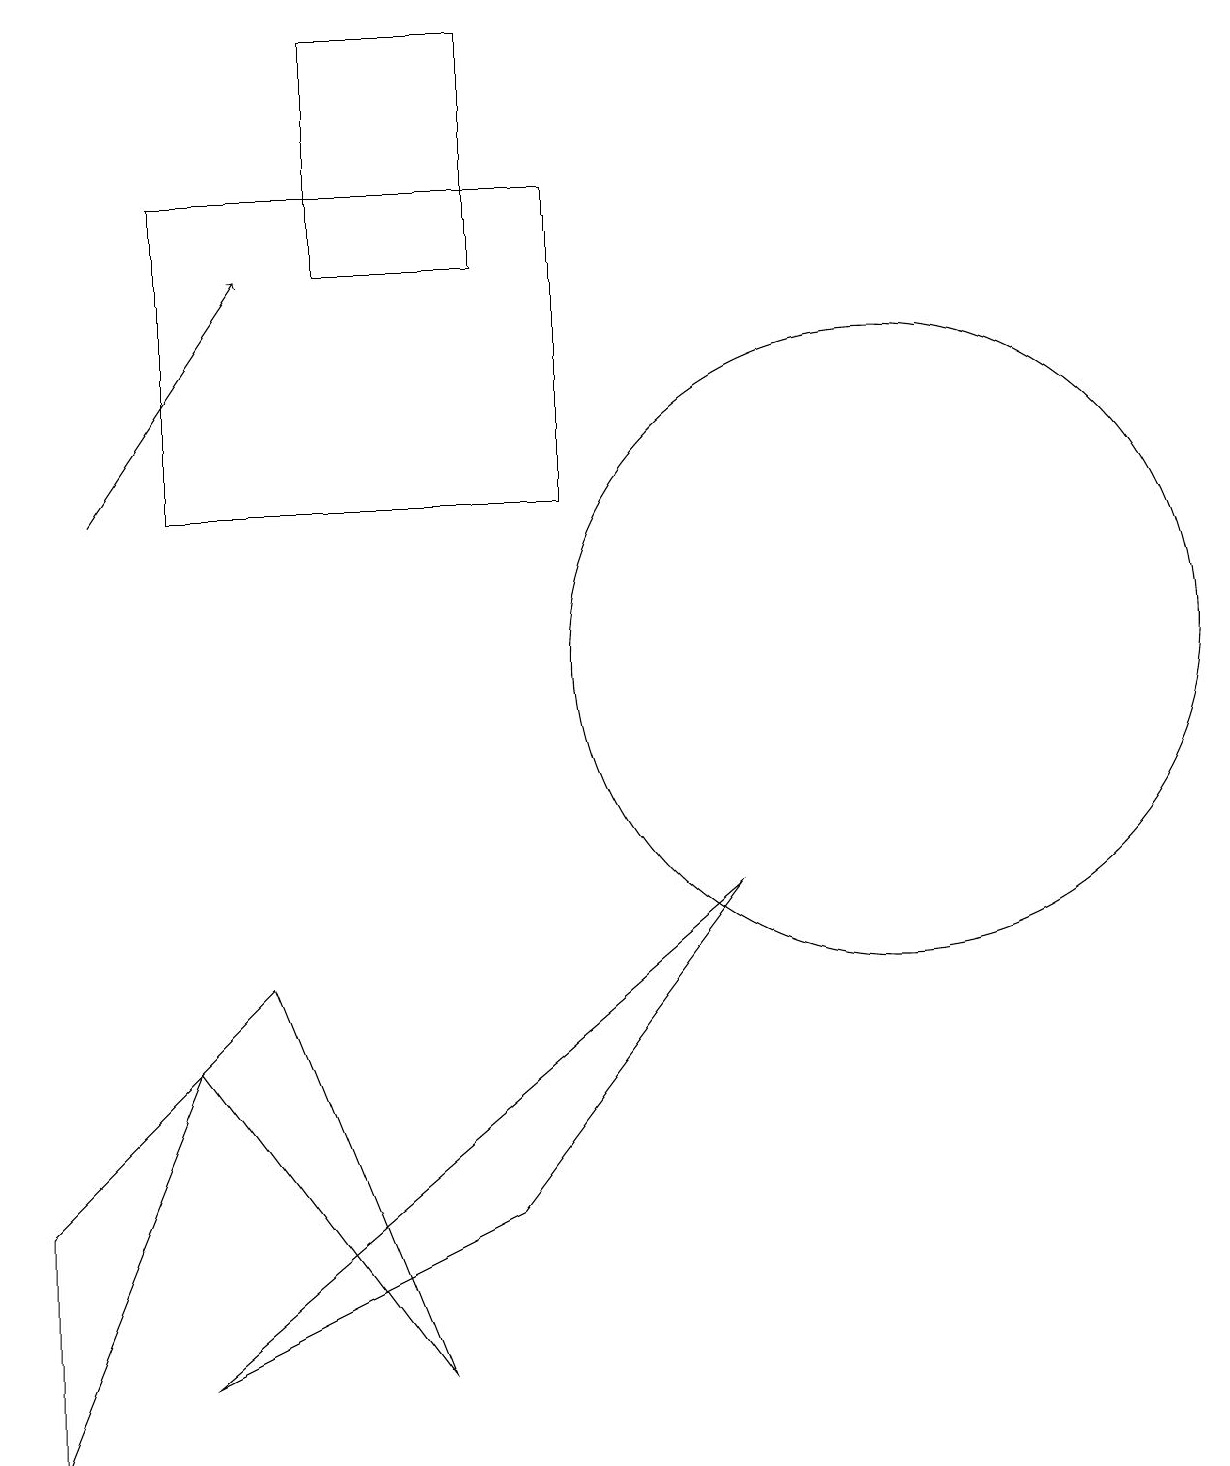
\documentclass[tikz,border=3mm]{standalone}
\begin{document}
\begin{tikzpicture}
\draw (3,7) -- (5,2) -- (2,6) -- cycle;
\draw (6,19) rectangle (4,16);
\draw (2,6) -- (0,1) -- (0,4) -- cycle;
\draw (7,17) rectangle (2,13);
\draw (10,11) circle (0);
\draw (6,4) -- (9,8) -- (2,2) -- cycle;
\draw (11,11) circle (4);
\draw[->] (1,13) -- (3,16);
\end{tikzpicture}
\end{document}